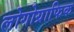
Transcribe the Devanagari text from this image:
लोगोग्राफिक